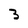
Character: 3